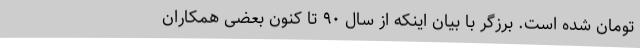
تومان شده است. برزگر با بیان اینکه از سال ۹۰ تا کنون بعضی همکاران